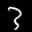
Label: 3